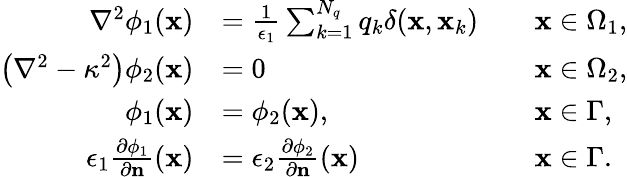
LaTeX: \begin{array}{rlrl}{\nabla^{2}\phi_{1}(\mathbf{x})}&{=\frac{1}{\epsilon_{1}}\sum_{k=1}^{N_{q}}q_{k}\delta(\mathbf{x},\mathbf{x}_{k})}&&{\mathbf{x}\in\Omega_{1},}\\ {\left(\nabla^{2}-\kappa^{2}\right)\phi_{2}(\mathbf{x})}&{=0}&&{\mathbf{x}\in\Omega_{2},}\\ {\phi_{1}(\mathbf{x})}&{=\phi_{2}(\mathbf{x}),}&&{\mathbf{x}\in\Gamma,}\\ {\epsilon_{1}\frac{\partial\phi_{1}}{\partial\mathbf{n}}(\mathbf{x})}&{=\epsilon_{2}\frac{\partial\phi_{2}}{\partial\mathbf{n}}(\mathbf{x})}&&{\mathbf{x}\in\Gamma.}\end{array}